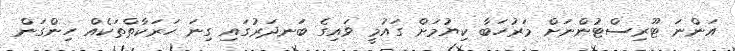
އަންނަ ޓޫރިސްޓުންނަށް މަރުހަބާ ކިޔުމަށް ގައުމީ ވައިގެ ބަނދަރުގައި ގިނަ ހަރަކާތްތަކެއް ހިންގަން